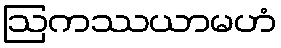
ဩကဿယာမဟံ